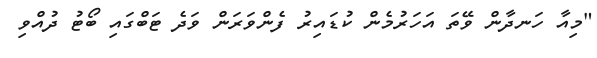
"މިއާ ހަނދާން ވޭތަ އަހަރުމެން ކުޑައިރު ފެންވަރަން ވަދެ ޓަބްގައި ބޯޓު ދުއްވި